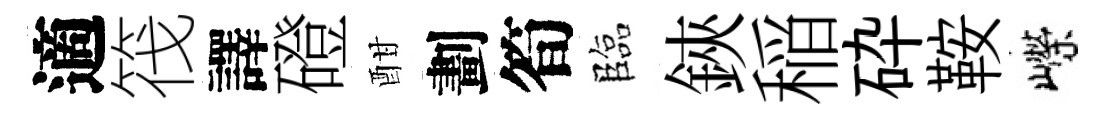
適筏譯磴酣劃筍臨鋏稲砕鞍嶸